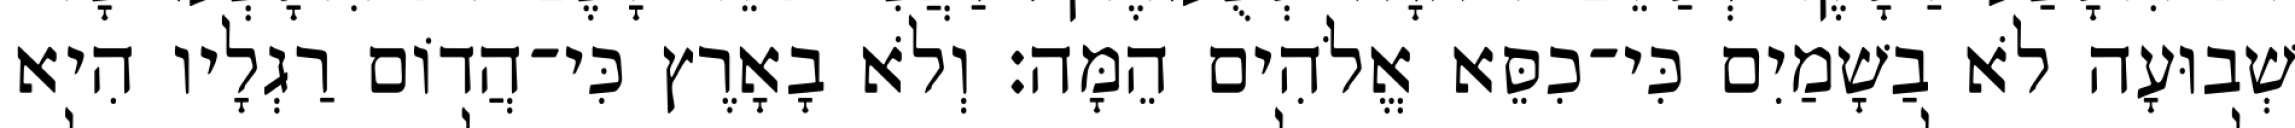
שְׁבוּעָה לֹא בַשָׁמַיִם כִּי־כִסֵּא אֱלֹהִים הֵמָּה׃ וְלֹא בָאָרֶץ כִּי־הֲדוֹם רַגְלָיו הִיא